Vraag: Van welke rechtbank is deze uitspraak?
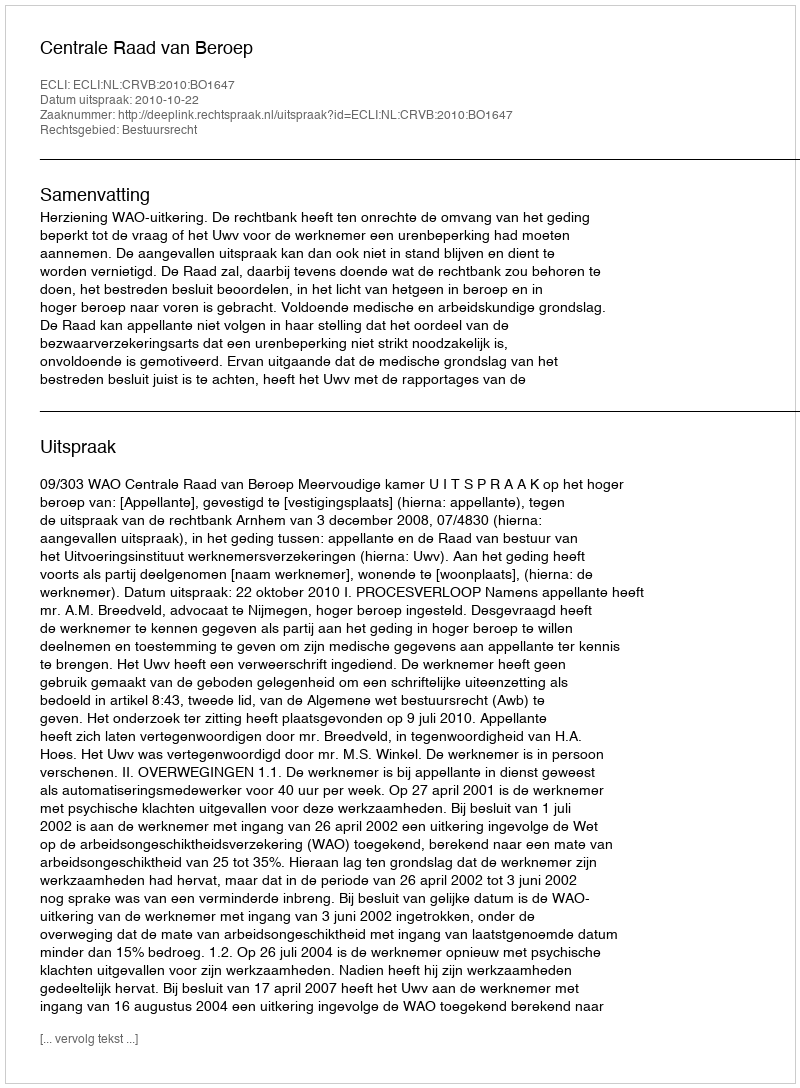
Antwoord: Centrale Raad van Beroep